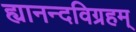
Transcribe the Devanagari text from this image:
ह्यानन्दविग्रहम्